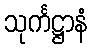
သုင်္ကဋ္ဌာနံ